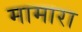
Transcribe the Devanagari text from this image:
मामारा